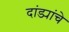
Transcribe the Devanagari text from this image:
दांड्यांचे